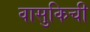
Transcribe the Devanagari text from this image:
वासुकिची